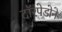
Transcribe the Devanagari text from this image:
टॉरपेडोने